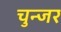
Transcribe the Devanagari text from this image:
चुन्जर